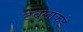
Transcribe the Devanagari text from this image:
टेबलाकडे